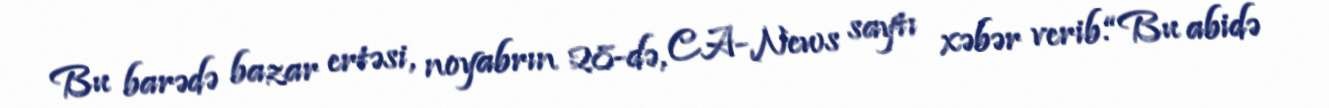
Bu barədə bazar ertəsi, noyabrın 28-də, CA-News saytı xəbər verib.“Bu abidə